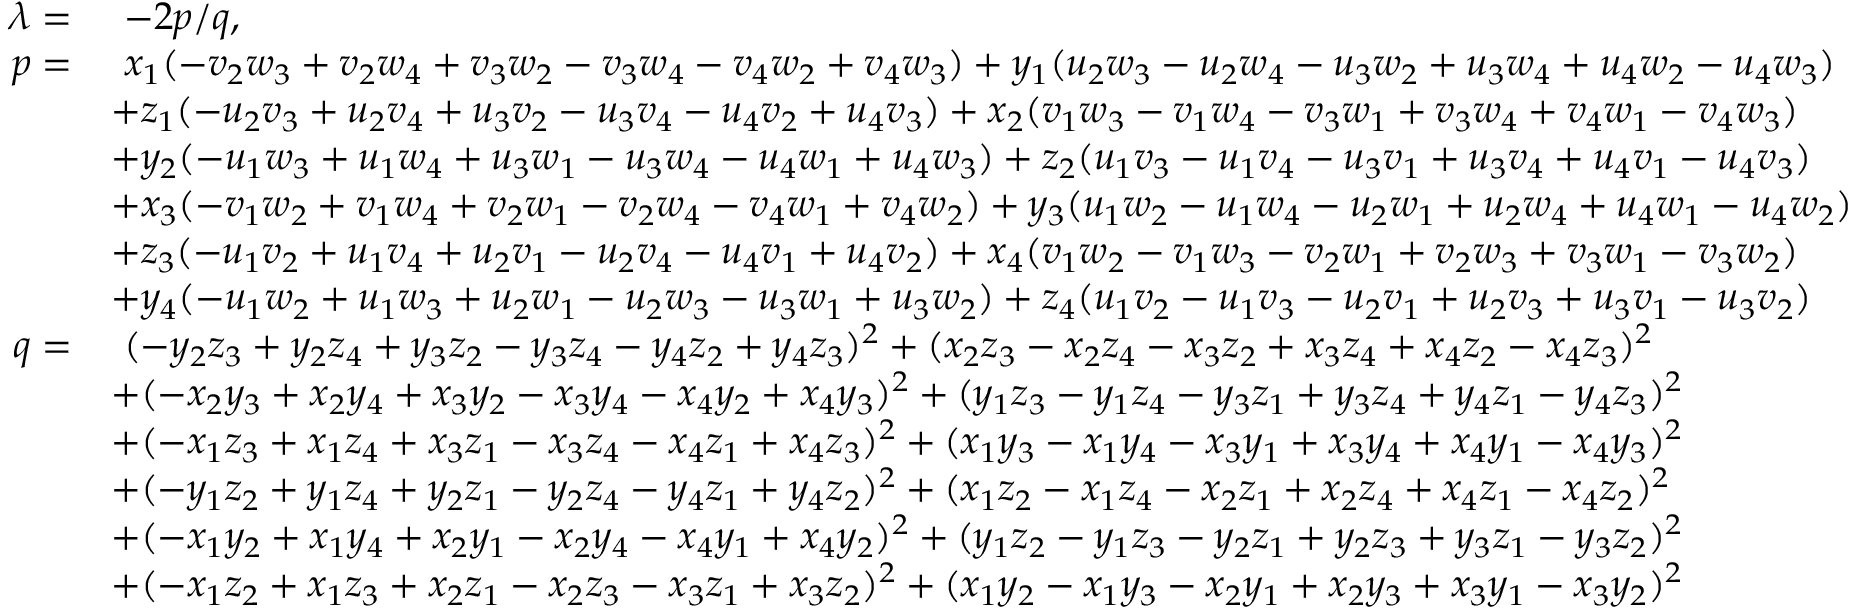
\begin{array} { r l } { \lambda = } & { \ - 2 p / q , } \\ { p = } & { \ x _ { 1 } ( - v _ { 2 } w _ { 3 } + v _ { 2 } w _ { 4 } + v _ { 3 } w _ { 2 } - v _ { 3 } w _ { 4 } - v _ { 4 } w _ { 2 } + v _ { 4 } w _ { 3 } ) + y _ { 1 } ( u _ { 2 } w _ { 3 } - u _ { 2 } w _ { 4 } - u _ { 3 } w _ { 2 } + u _ { 3 } w _ { 4 } + u _ { 4 } w _ { 2 } - u _ { 4 } w _ { 3 } ) } \\ & { + z _ { 1 } ( - u _ { 2 } v _ { 3 } + u _ { 2 } v _ { 4 } + u _ { 3 } v _ { 2 } - u _ { 3 } v _ { 4 } - u _ { 4 } v _ { 2 } + u _ { 4 } v _ { 3 } ) + x _ { 2 } ( v _ { 1 } w _ { 3 } - v _ { 1 } w _ { 4 } - v _ { 3 } w _ { 1 } + v _ { 3 } w _ { 4 } + v _ { 4 } w _ { 1 } - v _ { 4 } w _ { 3 } ) } \\ & { + y _ { 2 } ( - u _ { 1 } w _ { 3 } + u _ { 1 } w _ { 4 } + u _ { 3 } w _ { 1 } - u _ { 3 } w _ { 4 } - u _ { 4 } w _ { 1 } + u _ { 4 } w _ { 3 } ) + z _ { 2 } ( u _ { 1 } v _ { 3 } - u _ { 1 } v _ { 4 } - u _ { 3 } v _ { 1 } + u _ { 3 } v _ { 4 } + u _ { 4 } v _ { 1 } - u _ { 4 } v _ { 3 } ) } \\ & { + x _ { 3 } ( - v _ { 1 } w _ { 2 } + v _ { 1 } w _ { 4 } + v _ { 2 } w _ { 1 } - v _ { 2 } w _ { 4 } - v _ { 4 } w _ { 1 } + v _ { 4 } w _ { 2 } ) + y _ { 3 } ( u _ { 1 } w _ { 2 } - u _ { 1 } w _ { 4 } - u _ { 2 } w _ { 1 } + u _ { 2 } w _ { 4 } + u _ { 4 } w _ { 1 } - u _ { 4 } w _ { 2 } ) } \\ & { + z _ { 3 } ( - u _ { 1 } v _ { 2 } + u _ { 1 } v _ { 4 } + u _ { 2 } v _ { 1 } - u _ { 2 } v _ { 4 } - u _ { 4 } v _ { 1 } + u _ { 4 } v _ { 2 } ) + x _ { 4 } ( v _ { 1 } w _ { 2 } - v _ { 1 } w _ { 3 } - v _ { 2 } w _ { 1 } + v _ { 2 } w _ { 3 } + v _ { 3 } w _ { 1 } - v _ { 3 } w _ { 2 } ) } \\ & { + y _ { 4 } ( - u _ { 1 } w _ { 2 } + u _ { 1 } w _ { 3 } + u _ { 2 } w _ { 1 } - u _ { 2 } w _ { 3 } - u _ { 3 } w _ { 1 } + u _ { 3 } w _ { 2 } ) + z _ { 4 } ( u _ { 1 } v _ { 2 } - u _ { 1 } v _ { 3 } - u _ { 2 } v _ { 1 } + u _ { 2 } v _ { 3 } + u _ { 3 } v _ { 1 } - u _ { 3 } v _ { 2 } ) } \\ { q = } & { \ ( - y _ { 2 } z _ { 3 } + y _ { 2 } z _ { 4 } + y _ { 3 } z _ { 2 } - y _ { 3 } z _ { 4 } - y _ { 4 } z _ { 2 } + y _ { 4 } z _ { 3 } ) ^ { 2 } + ( x _ { 2 } z _ { 3 } - x _ { 2 } z _ { 4 } - x _ { 3 } z _ { 2 } + x _ { 3 } z _ { 4 } + x _ { 4 } z _ { 2 } - x _ { 4 } z _ { 3 } ) ^ { 2 } } \\ & { + ( - x _ { 2 } y _ { 3 } + x _ { 2 } y _ { 4 } + x _ { 3 } y _ { 2 } - x _ { 3 } y _ { 4 } - x _ { 4 } y _ { 2 } + x _ { 4 } y _ { 3 } ) ^ { 2 } + ( y _ { 1 } z _ { 3 } - y _ { 1 } z _ { 4 } - y _ { 3 } z _ { 1 } + y _ { 3 } z _ { 4 } + y _ { 4 } z _ { 1 } - y _ { 4 } z _ { 3 } ) ^ { 2 } } \\ & { + ( - x _ { 1 } z _ { 3 } + x _ { 1 } z _ { 4 } + x _ { 3 } z _ { 1 } - x _ { 3 } z _ { 4 } - x _ { 4 } z _ { 1 } + x _ { 4 } z _ { 3 } ) ^ { 2 } + ( x _ { 1 } y _ { 3 } - x _ { 1 } y _ { 4 } - x _ { 3 } y _ { 1 } + x _ { 3 } y _ { 4 } + x _ { 4 } y _ { 1 } - x _ { 4 } y _ { 3 } ) ^ { 2 } } \\ & { + ( - y _ { 1 } z _ { 2 } + y _ { 1 } z _ { 4 } + y _ { 2 } z _ { 1 } - y _ { 2 } z _ { 4 } - y _ { 4 } z _ { 1 } + y _ { 4 } z _ { 2 } ) ^ { 2 } + ( x _ { 1 } z _ { 2 } - x _ { 1 } z _ { 4 } - x _ { 2 } z _ { 1 } + x _ { 2 } z _ { 4 } + x _ { 4 } z _ { 1 } - x _ { 4 } z _ { 2 } ) ^ { 2 } } \\ & { + ( - x _ { 1 } y _ { 2 } + x _ { 1 } y _ { 4 } + x _ { 2 } y _ { 1 } - x _ { 2 } y _ { 4 } - x _ { 4 } y _ { 1 } + x _ { 4 } y _ { 2 } ) ^ { 2 } + ( y _ { 1 } z _ { 2 } - y _ { 1 } z _ { 3 } - y _ { 2 } z _ { 1 } + y _ { 2 } z _ { 3 } + y _ { 3 } z _ { 1 } - y _ { 3 } z _ { 2 } ) ^ { 2 } } \\ & { + ( - x _ { 1 } z _ { 2 } + x _ { 1 } z _ { 3 } + x _ { 2 } z _ { 1 } - x _ { 2 } z _ { 3 } - x _ { 3 } z _ { 1 } + x _ { 3 } z _ { 2 } ) ^ { 2 } + ( x _ { 1 } y _ { 2 } - x _ { 1 } y _ { 3 } - x _ { 2 } y _ { 1 } + x _ { 2 } y _ { 3 } + x _ { 3 } y _ { 1 } - x _ { 3 } y _ { 2 } ) ^ { 2 } } \end{array}